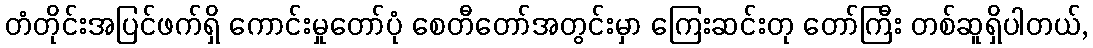
တံတိုင်းအပြင်ဖက်ရှိ ကောင်းမှုတော်ပုံ စေတီတော်အတွင်းမှာ ကြေးဆင်းတု တော်ကြီး တစ်ဆူရှိပါတယ်,